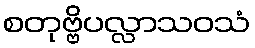
စတုဗ္ဗိပလ္လာသဝသံ